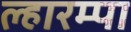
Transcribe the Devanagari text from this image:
ल्हारम्पा